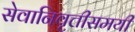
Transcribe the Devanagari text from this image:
सेवानिवृत्तीसमयी